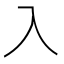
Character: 入